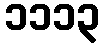
၁၁၁၃